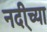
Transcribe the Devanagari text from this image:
नदी्च्या